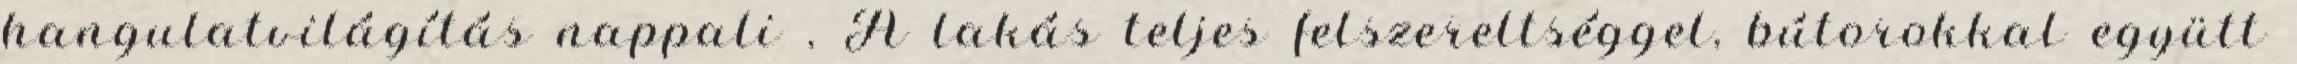
hangulatvilágítás nappali , A lakás teljes felszereltséggel, bútorokkal együtt